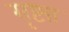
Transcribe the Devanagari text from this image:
सृष्ट्या